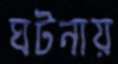
ঘটনায়